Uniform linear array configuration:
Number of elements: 24
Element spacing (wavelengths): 0.75
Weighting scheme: binomial
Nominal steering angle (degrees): -15
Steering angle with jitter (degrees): -13.025
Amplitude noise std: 0.05
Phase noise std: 0.05

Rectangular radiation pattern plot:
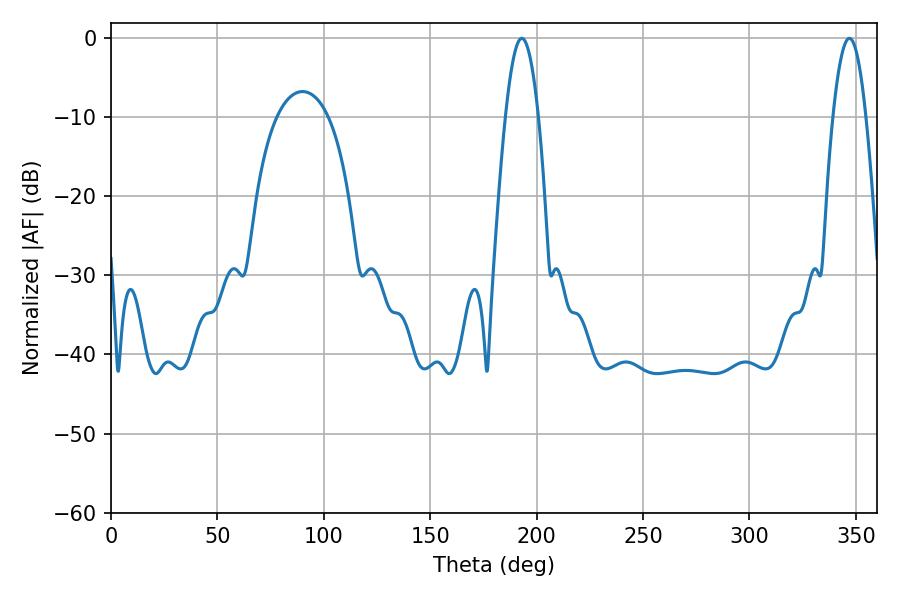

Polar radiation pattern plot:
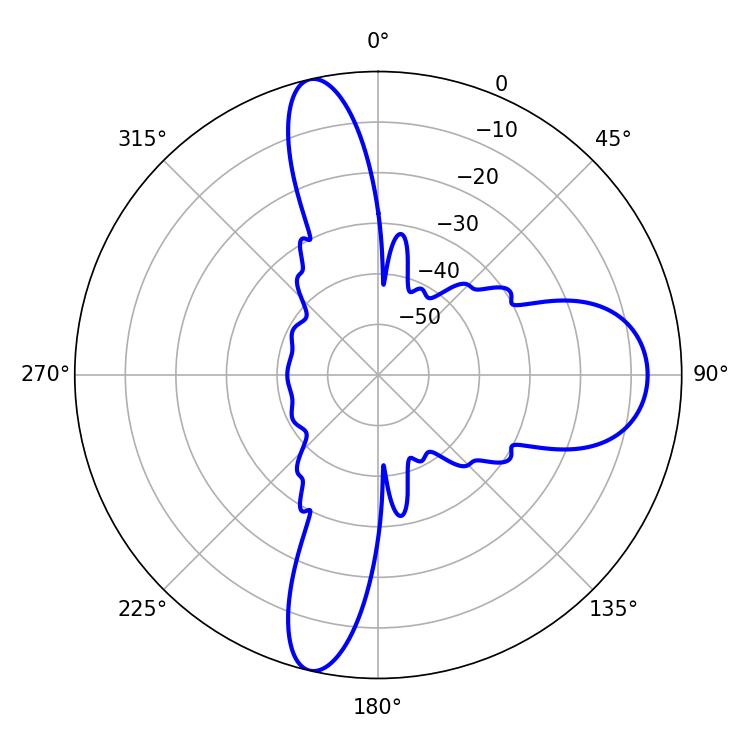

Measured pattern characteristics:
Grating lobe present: TRUE
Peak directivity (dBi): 21.005
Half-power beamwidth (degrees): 8.46
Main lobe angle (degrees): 192.96